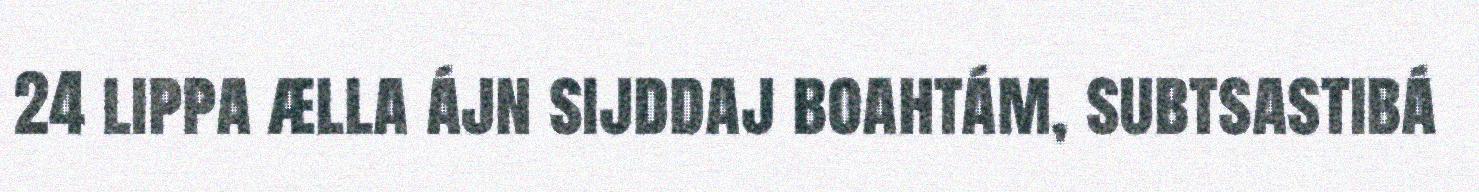
24 lippa ælla ájn sijddaj boahtám, subtsastibá